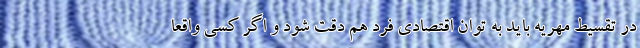
در تقسیط مهریه باید به توان اقتصادی فرد هم دقت شود و اگر کسی واقعا